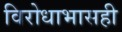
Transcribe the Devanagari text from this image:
विरोधाभासही